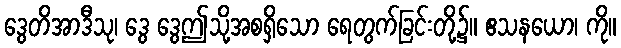
ဒွေတိအာဒီသု၊ ဒွေ ဒွေဤသို့အစရှိသော ရေတွက်ခြင်းတို့၌။ ဧသနယော၊ ကို။